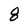
Character: 8